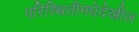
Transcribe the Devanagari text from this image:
परिस्थितीमधेदेखील